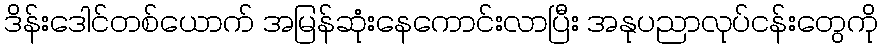
ဒိန်းဒေါင်တစ်ယောက် အမြန်ဆုံးနေကောင်းလာပြီး အနုပညာလုပ်ငန်းတွေကို